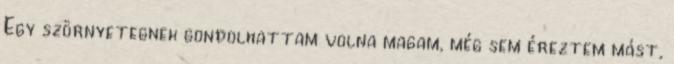
Egy szörnyetegnek gondolhattam volna magam, még sem éreztem mást,